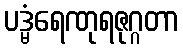
ပဒ္မံရေဏုရဇုဂ္ဂတာ